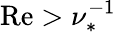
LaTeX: \mathrm{Re}>\nu_{*}^{-1}